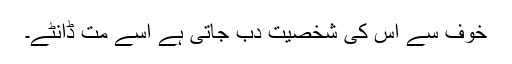
خوف سے اس کی شخصیت دب جاتی ہے اسے مت ڈانٹے۔